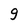
Character: g